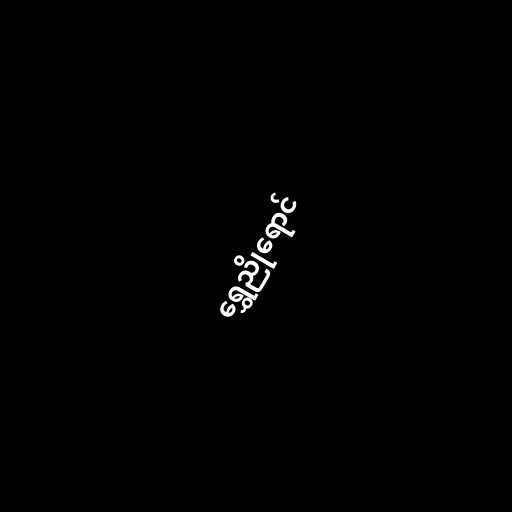
ရွှေညိုရောင်